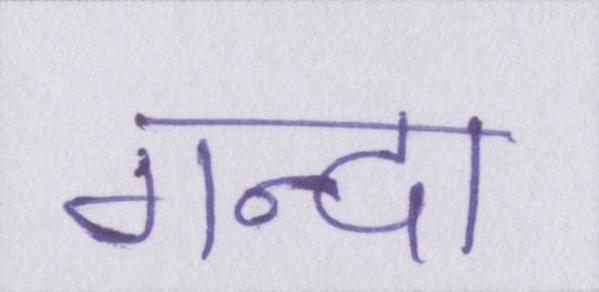
गन्दा